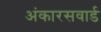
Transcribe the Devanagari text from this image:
अंकारसवार्ड